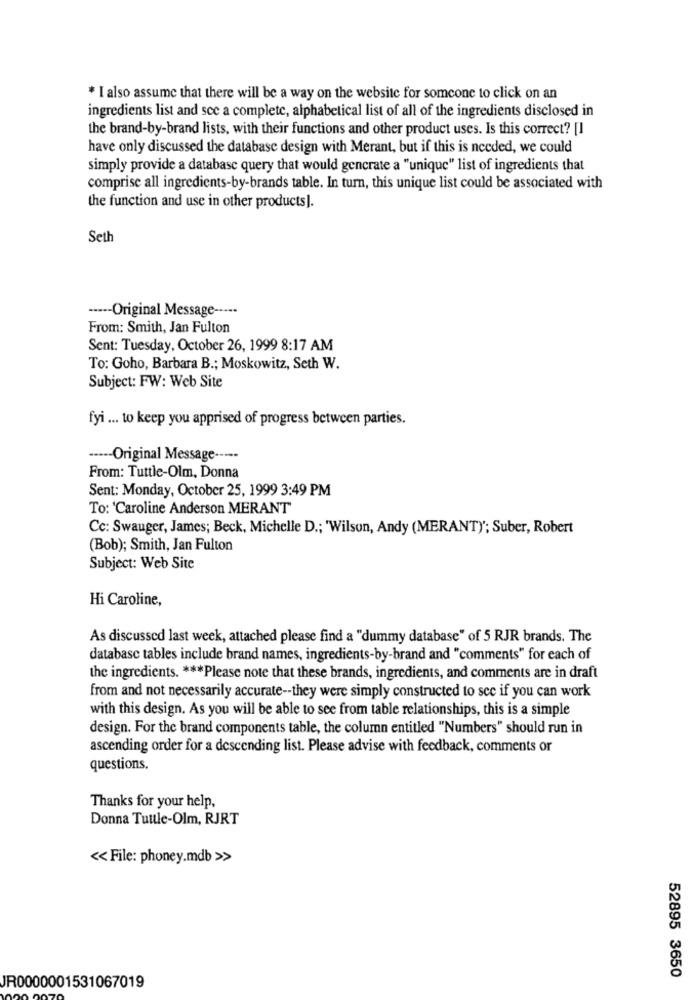
* I also assume that there will be a way on the website for someone to click on an
ingredients list and sce a complete, alphabetical list of all of the ingredients disclosed in
the brand-by-brand lists, with their functions and other product uses. Is this correct? [I
have only discussed the database design with Merant, but if this is needed, we could
simply provide a database query that would gencrate a "unique" list of ingredients that
comprise all ingredients-by-brands table. In turn, this unique list could be associated with
the function and use in other products].
Seth
----- Original Message -····
From: Smith, Jan Fulton
Sent: Tuesday, October 26, 1999 8:17 AM
To: Goho, Barbara B .; Moskowitz, Seth W.
Subject: FW: Web Site
fyi ... to keep you apprised of progress between parties.
----- Original Message -----
From: Tuttle-Olm, Donna
Sent: Monday, October 25, 1999 3:49 PM
To: 'Caroline Anderson MERANT
Cc: Swauger, James; Beck, Michelle D .; 'Wilson, Andy (MERANT)'; Suber, Robert
(Bob); Smith, Jan Fulton
Subject: Web Site
Hi Caroline,
As discussed last week, attached please find a "dummy database" of 5 RJR brands. The
database tables include brand names, ingredients-by-brand and "comments" for each of
the ingredients. *** Please note that these brands, ingredients, and comments are in draft
from and not necessarily accurate -- they were simply constructed to see if you can work
with this design. As you will be able to see from table relationships, this is a simple
design. For the brand components table, the column entitled "Numbers" should run in
ascending order for a descending list. Please advise with feedback, comments or
questions.
Thanks for your help,
Donna Tuttle-Olm, RJRT
<< File: phoney.mdb >>
52895 3650
JR0000001531067019